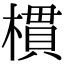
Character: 樌